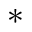
^ *